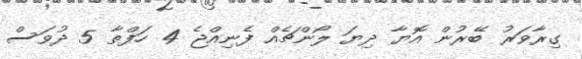
ގިރާވަރު ބޭރުން އޮޔާ ދިޔަ ލޯންޗެއް ފެނިއްޖެ 4 ހަފްތާ 5 ދުވަސް